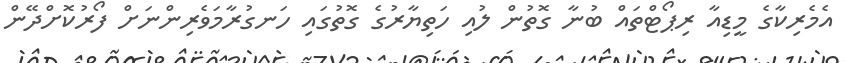
އެމެރިކާގެ މީޑިއާ ރިޕޯޓްތައް ބުނާ ގޮތުން ލުއި ހަތިޔާރުގެ ގޮތުގައި ހަނގުރާމަވެރިންނަށް ފޯރުކޮށްދޭން